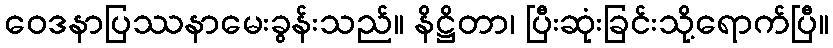
ဝေဒနာပြဿနာမေးခွန်းသည်။ နိဋ္ဌိတာ၊ ပြီးဆုံးခြင်းသို့ရောက်ပြီ။